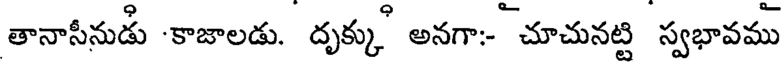
తానాసీనుడు కాజాలడు. దృక్కు అనగా: చూచునట్టి స్వభావము